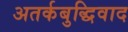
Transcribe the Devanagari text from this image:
अतर्कबुद्धिवाद